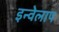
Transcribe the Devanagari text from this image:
इन्वेलाप